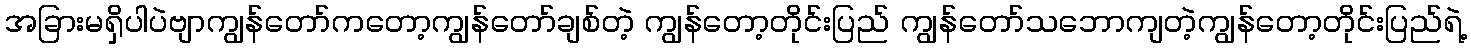
အခြားမရှိပါပဲဗျာကျွန်တော်ကတော့ကျွန်တော်ချစ်တဲ့ ကျွန်တော့တိုင်းပြည် ကျွန်တော်သဘောကျတဲ့ကျွန်တော့တိုင်းပြည်ရဲ့